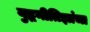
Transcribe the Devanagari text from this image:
युद्धनीतिज्ञांचा